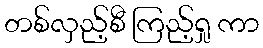
တစ်လှည့်စီ ကြည့်ရှု ကာ